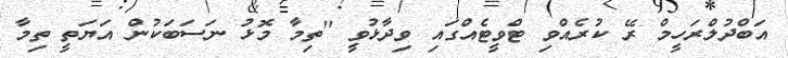
އަބްދުލްރަހީމް ރޭ ކުރެއްވި ޓްވީޓެއްގައި ވިދާޅުވީ "ތިމާ މޮޅު ނަސަބަކުން އަޔަތީ ތިމާ